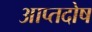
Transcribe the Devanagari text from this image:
आप्तदोष